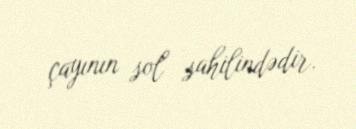
çayının sol sahilindədir.